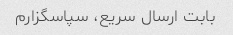
بابت ارسال سریع، سپاسگزارم